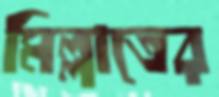
মিল্লাতের